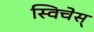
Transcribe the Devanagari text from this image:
स्विचेस्